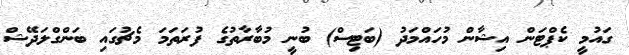
ގައުމީ ކެޕްޓަން އިޝާން މުހައްމަދު (ބަޓިސް) ބުނީ މުބާރާތުގެ ފުރަތަމަ މެޗުގައި ބަންގްލަދޭޝް